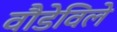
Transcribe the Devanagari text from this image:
वौडेविले